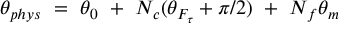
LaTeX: \theta _ { p h y s } ~ = ~ \theta _ { 0 } ~ + ~ N _ { c } ( \theta _ { F _ { \tau } } + \pi / 2 ) ~ + ~ N _ { f } \theta _ { m }